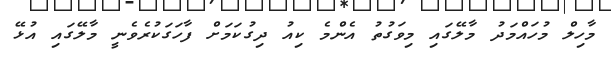
މާހިލް މުހައްމަދު މާލޭގައި މިވަގުތު އެންމެ ކިއު ދިގުކަމަށް ފާހަގަކުރެވެނީ މާލޭގައި އުޅޭ